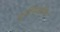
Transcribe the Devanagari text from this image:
पूर्वनिर्धांरित